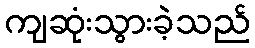
ကျဆုံးသွားခဲ့သည်